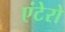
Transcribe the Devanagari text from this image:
एंटेरो